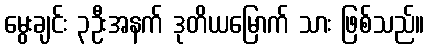
မွေးချင်း ၃ဦးအနက် ဒုတိယမြောက် သား ဖြစ်သည်။